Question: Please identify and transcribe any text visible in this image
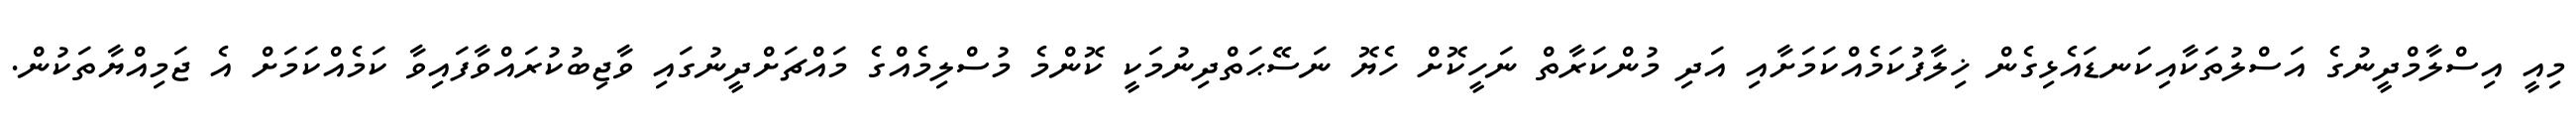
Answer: މިއީ އިސްލާމްދީނުގެ އަސްލުތަކާއިކަނޑައެޅިގެން ޚިލާފުކަމެއްކަމަށާއި އަދި މުންކަރާތް ނަހީކޮށް ހެޔޮ ނަސޭޙަތްދިނުމަކީ ކޮންމެ މުސްލިމެއްގެ މައްޗަށްދީނުގައި ވާޖިބުކުރައްވާފައިވާ ކަމެއްކަމަށް އެ ޖަމިއްޔާތަކުން.